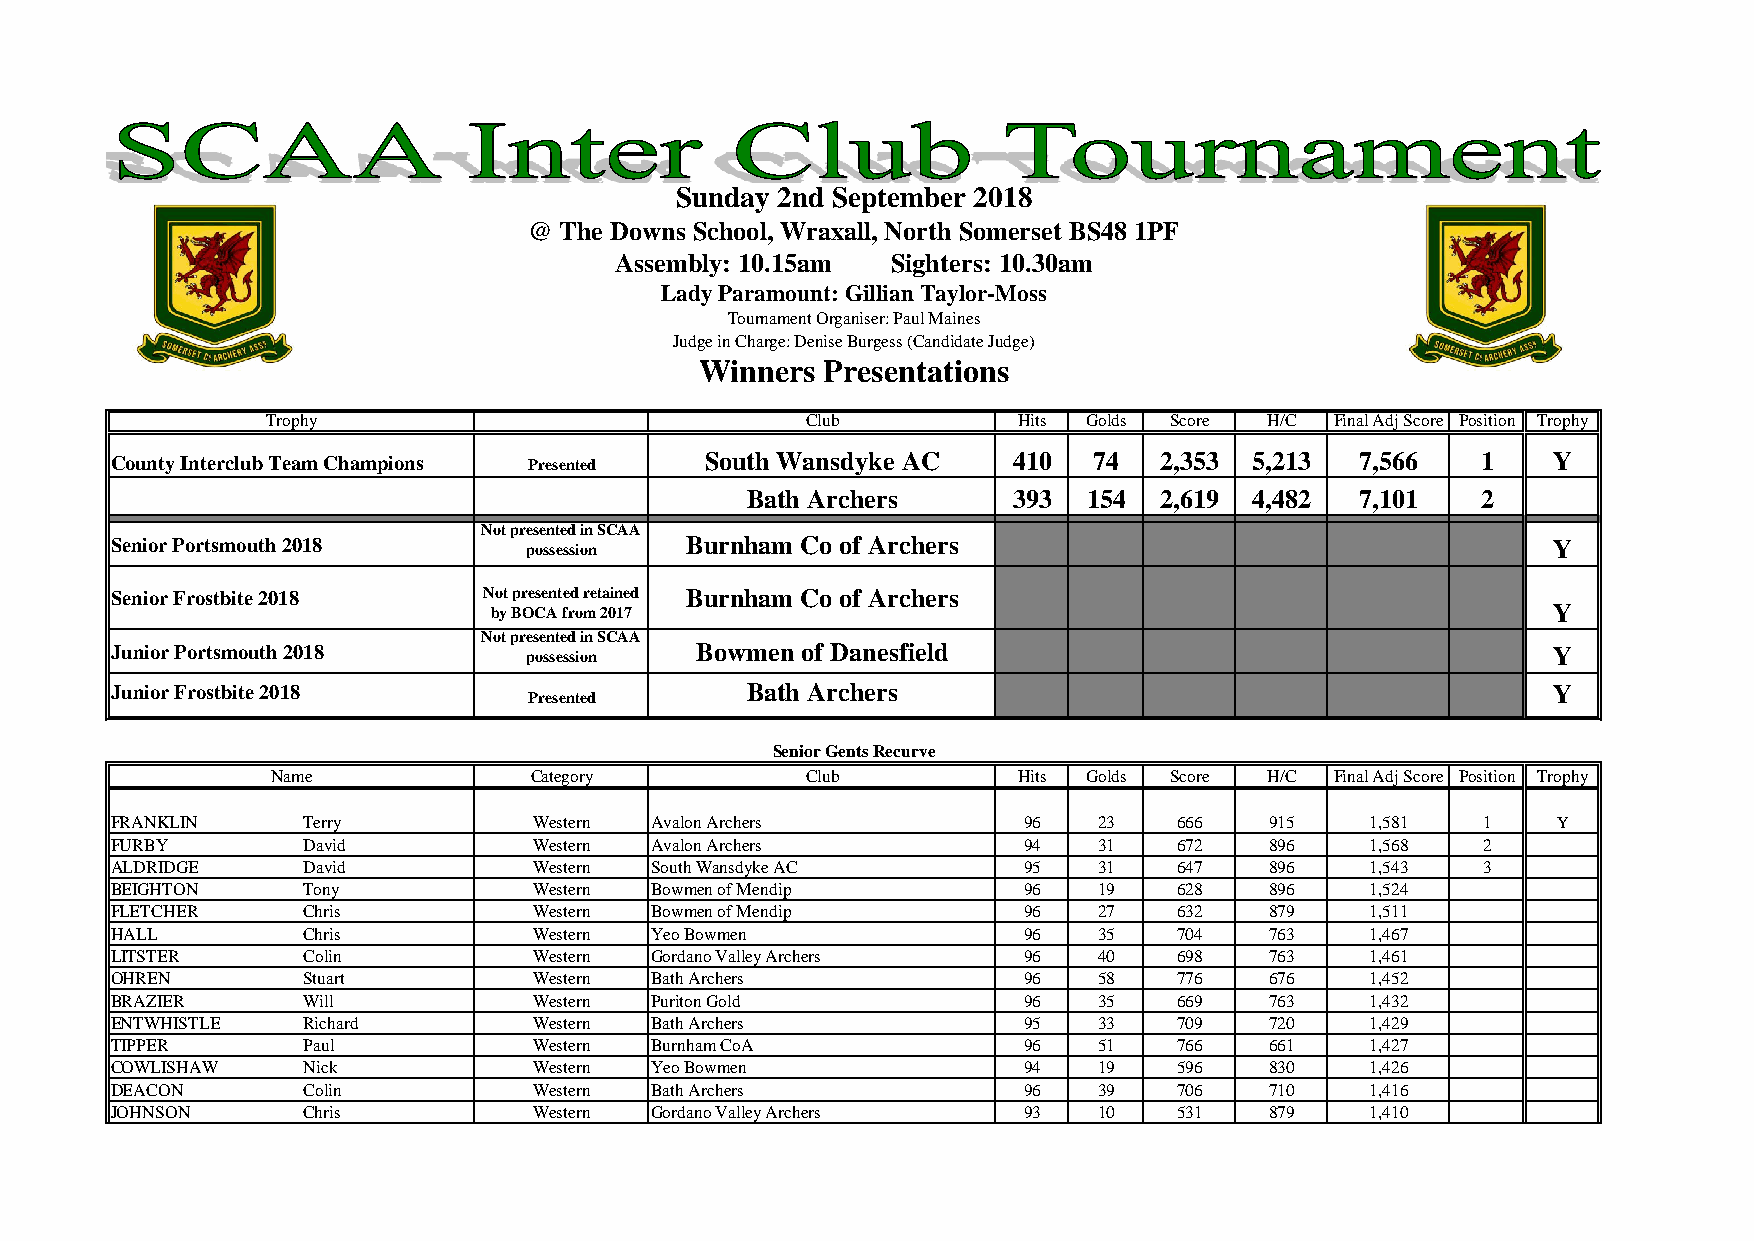
Sunday 2nd September 2018
 @ The Downs School, Wraxall, North Somerset BS48 1PF
 Assembly: 10.15am Sighters: 10.30am
 Lady Paramount: Gillian Taylor-Moss
 Tournament Organiser: Paul Maines
 Judge in Charge: Denise Burgess (Candidate Judge)
 Winners  Presentations
 Trophy                             Club          Hits Golds Score H/C Final Adj Score Position Trophy
 County Interclub Team Champions Presented South Wansdyke AC 410  74   2,353 5,213  7,566   1    Y
 Bath Archers      393  154  2,619 4,482  7,101   2
 Not presented in SCAA
 Senior Portsmouth 2018      possession Burnham Co of Archers                                    Y
 Senior Frostbite 2018    Not presented retained Burnham Co of Archers
 by BOCA from 2017                                                      Y
 Not presented in SCAA
 Junior Portsmouth 2018      possession Bowmen of Danesfield                                     Y
 Junior Frostbite 2018                     Bath Archers                                          Y
 Presented
 Senior Gents Recurve
 Name             Category          Club          Hits Golds Score H/C Final Adj Score Position Trophy
 FRANKLIN     Terry          Western Avalon Archers           96   23   666   915    1,581  1    Y
 FURBY        David          Western Avalon Archers           94   31   672   896    1,568  2
 ALDRIDGE     David          Western South Wansdyke AC        95   31   647   896    1,543  3
 BEIGHTON     Tony           Western Bowmen of Mendip         96   19   628   896    1,524
 FLETCHER     Chris          Western Bowmen of Mendip         96   27   632   879    1,511
 HALL         Chris          Western Yeo Bowmen               96   35   704   763    1,467
 LITSTER      Colin          Western Gordano Valley Archers   96   40   698   763    1,461
 OHREN        Stuart         Western Bath Archers             96   58   776   676    1,452
 BRAZIER      Will           Western Puriton Gold             96   35   669   763    1,432
 ENTWHISTLE   Richard        Western Bath Archers             95   33   709   720    1,429
 TIPPER       Paul           Western Burnham CoA              96   51   766   661    1,427
 COWLISHAW    Nick           Western Yeo Bowmen               94   19   596   830    1,426
 DEACON       Colin          Western Bath Archers             96   39   706   710    1,416
 JOHNSON      Chris          Western Gordano Valley Archers   93   10   531   879    1,410